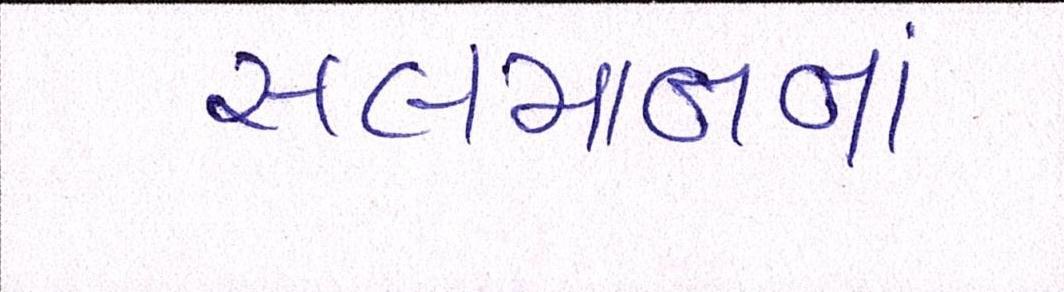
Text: સલમાનનાં